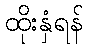
ထိုးနှံရန်